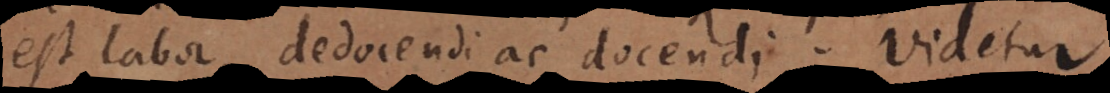
est labor, dedocendi ac docendi. Videtur